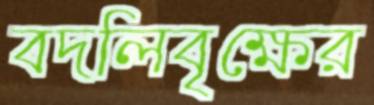
বদলিবৃক্ষের